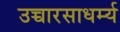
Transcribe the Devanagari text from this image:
उच्चारसाधर्म्य